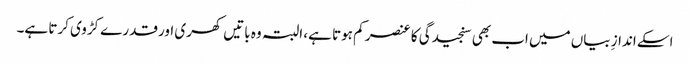
اسکے اندازِ بیاں میں اب بھی سنجیدگی کا عنصر کم ہوتا ہے، البتہ وہ باتیں کھری اور قدرے کڑوی کرتا ہے۔